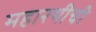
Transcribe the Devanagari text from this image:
महारथीची